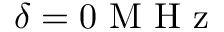
\delta = 0 \mathrm { ~ M ~ H ~ z ~ }